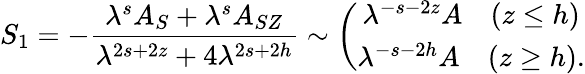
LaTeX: S_{1}=-\frac{\lambda^{s}A_{S}+\lambda^{s}A_{SZ}}{\lambda^{2s+2z}+4\lambda^{2s+2h}}\sim\left(\begin{array}{c}{{\lambda^{-s-2z}A\quad(z\leq h)}}\\ {{\lambda^{-s-2h}A\quad(z\geq h).}}\end{array}\right.